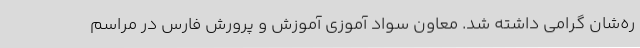
ره‌شان گرامی داشته شد. معاون سواد آموزی آموزش و پرورش فارس در مراسم